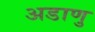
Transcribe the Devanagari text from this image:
अडाणु